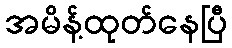
အမိန့်ထုတ်နေပြီ